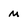
Character: m